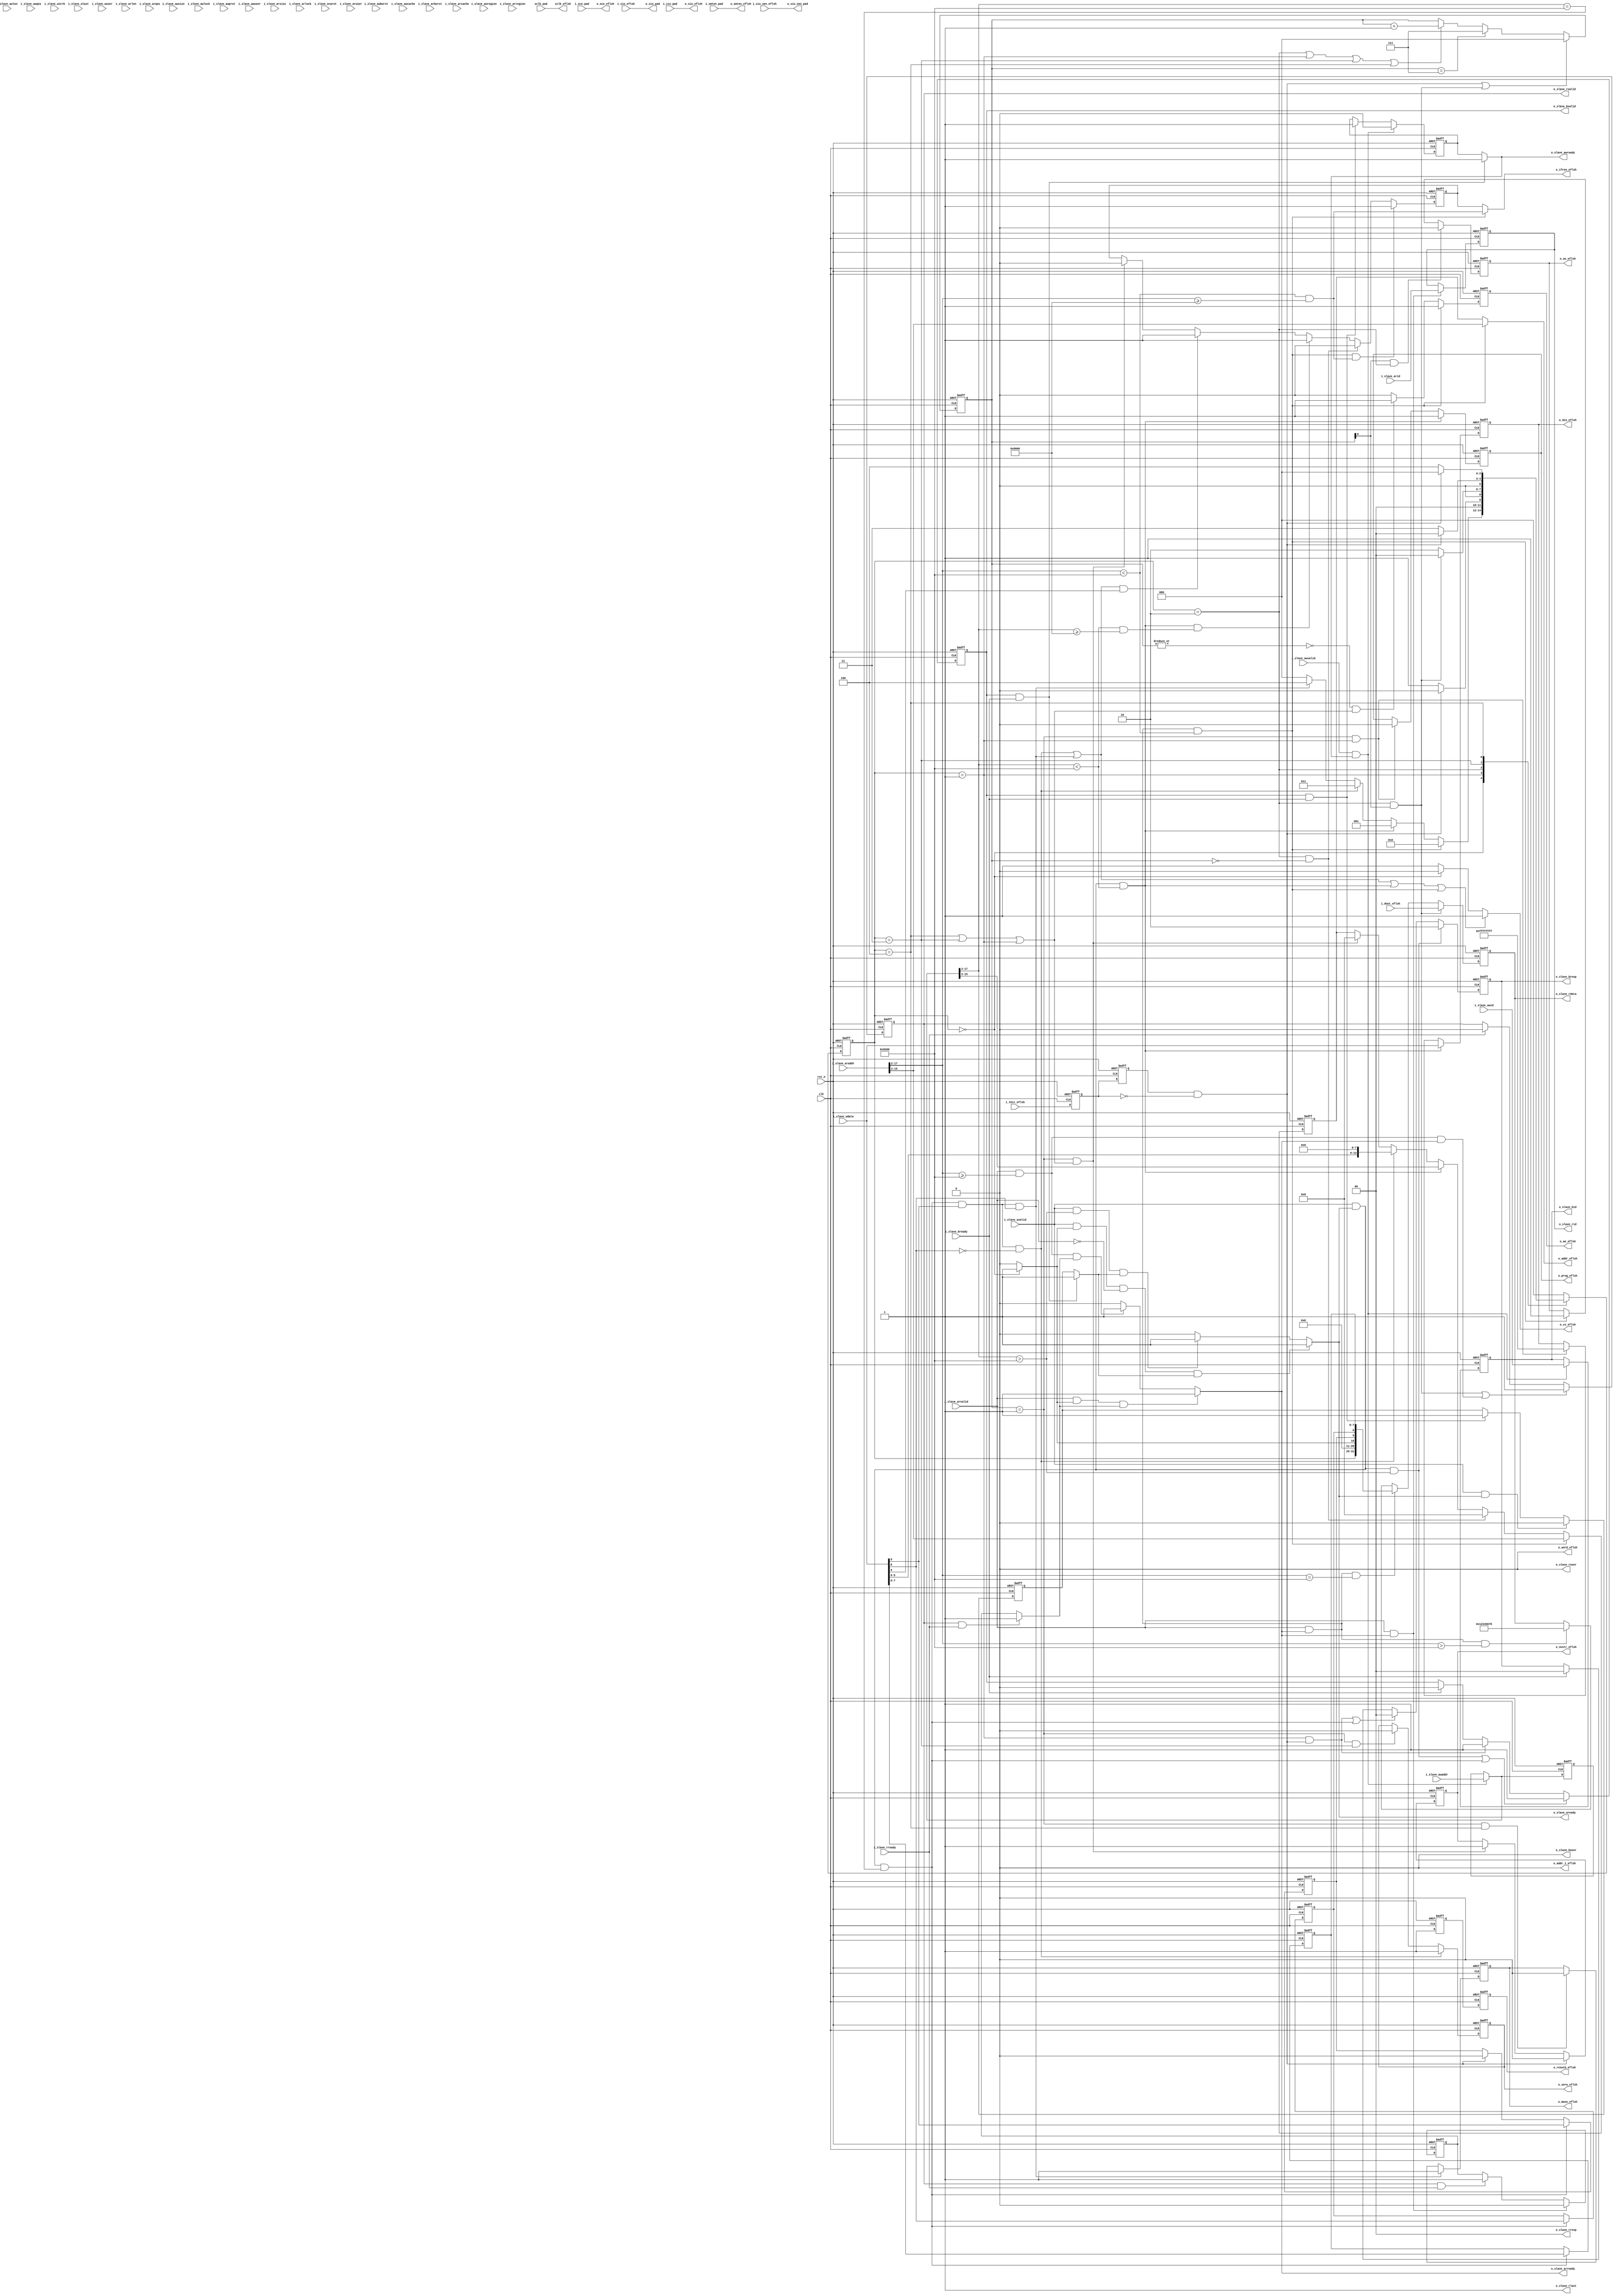
module eflash_ctrl(
   //system signal
   input              clk  ,
   input              rst_n,        
   // ---------------------------------------------------------------
   //AXI write address bus -------------- // USED// --------------
   input  wire [3:0]                                  i_slave_awid      ,   
   input  wire [31:0]                                 i_slave_awaddr    , 
   input  wire [7:0]                                  i_slave_awlen     ,          
   input  wire [2:0]                                  i_slave_awsize    ,         
   input  wire [1:0]                                  i_slave_awburst   ,       
   input  wire                                        i_slave_awlock    ,        
   input  wire [3:0]                                  i_slave_awcache   ,        
   input  wire [2:0]                                  i_slave_awprot    , 
   input  wire [3:0]                                  i_slave_awregion  ,       
   input  wire                                        i_slave_awuser    , 
   input  wire [3:0]                                  i_slave_awqos     ,  
   input  wire                                        i_slave_awvalid   ,        
   output wire                                        o_slave_awready   ,        
   // ---------------------------------------------------------------

   //AXI write data bus -------------- // USED// --------------
   input  wire  [31:0]                                i_slave_wdata     ,
   input  wire  [3:0]                                 i_slave_wstrb     ,   
   input  wire                                        i_slave_wlast     , 
   input  wire                                        i_slave_wuser     ,   
   input  wire                                        i_slave_wvalid    ,  
   output reg                                         o_slave_wready    ,  
   // ---------------------------------------------------------------

   //AXI write response bus -------------- // USED// --------------
   output  reg    [3:0]                               o_slave_bid       ,
   output  reg    [1:0]                               o_slave_bresp     ,
   output  reg                                        o_slave_bvalid    ,
   output  wire                                       o_slave_buser     ,   
   input   wire                                       i_slave_bready    ,
   // ---------------------------------------------------------------



   //AXI read address bus -------------------------------------------
   input  wire [3:0]                                  i_slave_arid      ,
   input  wire [31:0]                                 i_slave_araddr    ,
   input  wire [ 7:0]                                 i_slave_arlen     ,   
   input  wire [ 2:0]                                 i_slave_arsize    ,  
   input  wire [ 1:0]                                 i_slave_arburst   , 
   input  wire                                        i_slave_arlock    ,  
   input  wire [ 3:0]                                 i_slave_arcache   ,
   input  wire [ 2:0]                                 i_slave_arprot    ,
   input  wire [ 3:0]                                 i_slave_arregion  ,       
   input  wire                                        i_slave_aruser    ,  
   input  wire [ 3:0]                                 i_slave_arqos     ,  
   input  wire                                        i_slave_arvalid   , 
   output reg                                         o_slave_arready   , 
   // ---------------------------------------------------------------


   //AXI read data bus ----------------------------------------------
   output reg  [3:0]                                  o_slave_rid       ,
   output reg  [31:0]                                 o_slave_rdata     ,
   output wire [ 1:0]                                 o_slave_rresp     ,
   output wire                                        o_slave_rlast     ,   
   output wire                                        o_slave_ruser     ,   
   output reg                                         o_slave_rvalid    ,  
   input  wire                                        i_slave_rready    ,  

   //eflash model signal
   output  wire [13:0]    o_addr_eflsh         ,
   output  wire           o_addr_1_eflsh       ,
   output  wire           o_word_eflsh         ,
   output  reg [31:0]     o_din_eflsh          ,
   input   [31:0]         i_dout_eflsh         ,
   output  reg            o_resetb_eflsh       ,
   output  reg            o_cs_eflsh           ,
   output  reg            o_ae_eflsh           ,
   output  reg            o_oe_eflsh           ,
   output  wire           o_ifren_eflsh        ,
   output  reg            o_nvstr_eflsh        ,
   output  reg            o_prog_eflsh         ,
   output  reg            o_sera_eflsh         ,
   output  reg            o_mase_eflsh         ,
   input                  i_tbit_eflsh         ,
   //test signal with pad
   input                  i_smten_pad          ,
   input                  i_sce_pad            ,
   input                  sclk_pad             ,
   output  wire           o_sio_oen_pad        , 
   output  wire           o_sio_pad            ,
   input                  i_sio_pad            ,
   //test signal
   output  wire           o_smten_eflsh        ,
   output  wire           o_sce_eflsh          ,
   output  wire           sclk_eflsh           ,
   input                  i_sio_oen_eflsh      , 
   input                  i_sio_eflsh          ,
   output  wire           o_sio_eflsh
   
   );


  //--------------------------------------------------------------------------// 
  // Internal Parameters
  //--------------------------------------------------------------------------//
   localparam STANDBY     = 3'h0;
 
   localparam WRITE       = 3'h1;
 
   localparam READ        = 3'h2;
 
   localparam PAGE_ERASE  = 3'h3;
 
   localparam MACRO_ERASE = 3'h4;

   localparam IN_REG_ADDR = 16'h8200;

   localparam INFOR_ADDR_BEGIN = 16'h8000;

  //--------------------------------------------------------------------------// 
  // Internal wire and reg
  //--------------------------------------------------------------------------//
   wire            read_en_comb;
   reg             read_en;
   wire            write_cmd_en_comb;
   reg             write_cmd_en;
   wire            write_data_en_comb;
   reg             write_data_en;
   wire            read_begin;
   wire            write_begin;
   wire            page_erase_begin;
   wire            macro_erase_begin;
   wire            tbit_end;
   wire            read_end;
   wire            deflt_addr_read;
   wire            deflt_addr_write;
   wire            in_reg_read;
   wire            in_reg_write; 
   wire            wr_data_eflash;
   wire            wr_infor_addr;
   wire            rd_infor_addr;
   reg   [31:0]    slave_awaddr_ff0;
   reg   [31:0]    slave_awaddr_wr;

   reg             tbit_ff0;
   reg             tbit_ff1;

   reg             active_en;
   reg   [7:0]     page_num;
   reg             macro_erase;
   reg             erase_en;
   reg   [2:0]     cur_st;
   reg   [2:0]     next_st;
   reg   [2:0]     in_cnt;
   reg             resetb_eflsh_pre;
   reg   [13:0]    addr_eflsh      ;
   reg             ifren_eflsh     ;
  //--------------------------------------------------------------------------// 
  // Internal block
  //--------------------------------------------------------------------------//
   assign o_ifren_eflsh = read_begin ? rd_infor_addr : ifren_eflsh;

   assign o_addr_eflsh = read_begin ? i_slave_araddr[15:2] : addr_eflsh;

   assign tbit_end = tbit_ff1 & (tbit_ff0 == 1'b0);
  
   assign wr_infor_addr = (slave_awaddr_wr[17:2] < IN_REG_ADDR) & (slave_awaddr_wr[17:2] >= INFOR_ADDR_BEGIN);

   assign rd_infor_addr = (i_slave_araddr[17:2] < IN_REG_ADDR) & (i_slave_araddr[17:2] >= INFOR_ADDR_BEGIN);

   assign o_slave_awready = write_cmd_en_comb;
 
   assign o_slave_rlast = 1'b1;   
  
   assign o_slave_rresp = 2'h0;

   assign o_slave_buser = 1'b0;
  
   assign o_slave_ruser = 1'b0;

   assign wr_data_eflash = i_slave_wvalid & o_slave_wready;
 
   assign deflt_addr_read = i_slave_arvalid & o_slave_arready & (i_slave_araddr[17:2] > IN_REG_ADDR);
  
   assign deflt_addr_write = wr_data_eflash & (slave_awaddr_wr[17:2] > IN_REG_ADDR);
 
   assign in_reg_read = i_slave_arvalid & o_slave_arready & (i_slave_araddr[17:2] == IN_REG_ADDR);
  
   assign in_reg_write = wr_data_eflash & (slave_awaddr_wr[17:2] == IN_REG_ADDR);
  
   assign read_begin =  i_slave_arvalid & o_slave_arready & (i_slave_araddr[17:2] < IN_REG_ADDR);
  
   assign write_begin =  wr_data_eflash & (slave_awaddr_wr[17:2] < IN_REG_ADDR);
  
   assign page_erase_begin = in_reg_write & i_slave_wdata[9] & (i_slave_wdata[8] == 1'b0);
  
   assign macro_erase_begin = in_reg_write & i_slave_wdata[9] & i_slave_wdata[8];
 
   assign read_end = (cur_st == READ) & (in_cnt[0] == 1'b1);

  // assign read_end = (cur_st == READ) & (in_cnt[1:0] == 2'h2);

    //for test block
   assign  o_smten_eflsh = i_smten_pad;
  
   assign  o_sce_eflsh = i_sce_pad;
  
   assign  sclk_eflsh = sclk_pad;
  
   assign  o_sio_oen_pad = i_sio_oen_eflsh;
   
   assign  o_sio_pad = i_sio_eflsh;
   
   assign  o_sio_eflsh = i_sio_pad;
   
   assign  o_word_eflsh = 1'b0;
  
   assign  o_addr_1_eflsh = 1'b0;

   always @(posedge clk or negedge rst_n) begin
       if(rst_n == 1'b0) begin
           write_cmd_en <= 1'b1;     
       end 
       else if(i_slave_awvalid == 1'b1 && o_slave_awready == 1'b1) begin
           write_cmd_en <= 1'b0; 
       end 
       else if(o_slave_bvalid == 1'b1 && i_slave_bready == 1'b1) begin
           write_cmd_en <= 1'b1;           
       end 
   end

   assign write_cmd_en_comb = (o_slave_bvalid & i_slave_bready) ? 1'b1 : write_cmd_en;

   always @(posedge clk or negedge rst_n) begin
       if(rst_n == 1'b0) begin
           write_data_en <= 1'b1;     
       end 
       else if(i_slave_wvalid == 1'b1 && o_slave_wready == 1'b1) begin
           write_data_en <= 1'b0; 
       end 
       else if(o_slave_bvalid == 1'b1 && i_slave_bready == 1'b1) begin
           write_data_en <= 1'b1;           
       end 
   end

   assign write_data_en_comb = (o_slave_bvalid & i_slave_bready) ? 1'b1 : write_data_en;

   //for write
   always @(*) begin
       if(i_slave_wvalid == 1'b1 && active_en == 1'b1 && i_slave_arvalid == 1'b0 && write_data_en_comb == 1'b1) begin
           o_slave_wready = 1'b1;
       end
       else if(i_slave_wvalid == 1'b1 && slave_awaddr_wr[17:2] > IN_REG_ADDR && write_data_en_comb == 1'b1) begin
           o_slave_wready = 1'b1;
       end
       else begin
           o_slave_wready = 1'b0;
       end
   end

   always @(posedge clk or negedge rst_n) begin
       if(rst_n == 1'b0) begin
           o_slave_bvalid <= 1'b0;
       end
       else if(deflt_addr_write == 1'b1 || in_reg_write == 1'b1) begin
           o_slave_bvalid <= 1'b1;
       end
       else if(cur_st == WRITE && tbit_end == 1'b1) begin
           o_slave_bvalid <= 1'b1;
       end
       else if(i_slave_bready == 1'b1) begin
           o_slave_bvalid <= 1'b0;           
       end
   end
   
   always @(posedge clk or negedge rst_n) begin
       if(rst_n == 1'b0) begin
           o_slave_bresp <= 2'h0;
       end
       else if(deflt_addr_write == 1'b1) begin
           o_slave_bresp <= 2'h2;
       end
       else if((cur_st == WRITE && tbit_end == 1'b1) || in_reg_write == 1'b1) begin
           o_slave_bresp <= 2'h0;
       end
       else if(i_slave_bready == 1'b1) begin
           o_slave_bresp <= 2'h0;         
       end
   end

   always @(posedge clk or negedge rst_n) begin
       if(rst_n == 1'b0) begin
           o_slave_bid <= 4'h0;
       end
       else if(i_slave_awvalid == 1'b1 && o_slave_awready == 1'b1) begin
           o_slave_bid <= i_slave_awid;
       end
   end

   always @(posedge clk or negedge rst_n) begin
       if(rst_n == 1'b0) begin
           slave_awaddr_ff0 <= 32'h0;
       end
       else if(i_slave_awvalid == 1'b1 && o_slave_awready == 1'b1) begin
           slave_awaddr_ff0 <= i_slave_awaddr;
       end
   end

   always @(*) begin
       if(i_slave_awvalid == 1'b1 && o_slave_awready == 1'b1) begin
           slave_awaddr_wr = i_slave_awaddr;
       end
       else begin
           slave_awaddr_wr = slave_awaddr_ff0;
       end
   end

   //for axi read
   always @(*) begin
       if(i_slave_arvalid == 1'b1 && active_en == 1'b1 && read_en_comb == 1'b1) begin
           o_slave_arready = 1'b1;
       end
       else if(i_slave_arvalid == 1'b1 && i_slave_araddr[17:2] >= IN_REG_ADDR && read_en_comb == 1'b1) begin
           o_slave_arready = 1'b1;
       end
       else begin
           o_slave_arready = 1'b0;
       end
   end

   always @(posedge clk or negedge rst_n) begin
       if(rst_n == 1'b0) begin
           read_en <= 1'b1;     
       end 
       else if(i_slave_arvalid == 1'b1 && o_slave_arready == 1'b1) begin
           read_en <= 1'b0; 
       end 
       else if(o_slave_rvalid == 1'b1 && i_slave_rready == 1'b1) begin
           read_en <= 1'b1;           
       end 
   end

   assign read_en_comb = (o_slave_rvalid & i_slave_rready) ? 1'b1 : read_en;

   always @(posedge clk or negedge rst_n) begin
       if(rst_n == 1'b0) begin
           o_slave_rid <= 4'h0;
       end
       else if(i_slave_arvalid == 1'b1 && o_slave_arready == 1'b1) begin
           o_slave_rid <= i_slave_arid;
       end
   end

   always @(posedge clk or negedge rst_n) begin
       if(rst_n == 1'b0) begin
           o_slave_rdata <= 32'h0; 
       end
       else if(read_end == 1'b1 ) begin
           o_slave_rdata <= i_dout_eflsh;
       end
       else if(in_reg_read == 1'b1) begin
           o_slave_rdata <= {cur_st,18'h0,active_en,erase_en,macro_erase,page_num};       
       end
       else if(deflt_addr_read == 1'b1) begin
           o_slave_rdata <= 32'h12345678;            
       end
   end

   always @(posedge clk or negedge rst_n) begin
       if(rst_n == 1'b0) begin
           o_slave_rvalid <= 1'b0; 
       end
       else if(read_end == 1'b1 || (i_slave_arvalid == 1'b1 && i_slave_araddr[17:2] >= IN_REG_ADDR && o_slave_arready == 1'b1)) begin
           o_slave_rvalid <= 1'b1;
       end
       else if(i_slave_rready == 1'b1) begin
           o_slave_rvalid <= 1'b0;             
       end
   end   

   always @(posedge clk or negedge rst_n) begin
       if(rst_n == 1'b0) begin
           page_num <= 8'h0;
       end
       else if(in_reg_write == 1'b1) begin
           page_num <= i_slave_wdata[7:0];
       end 
   end
  
   always @(posedge clk or negedge rst_n) begin
       if(rst_n == 1'b0) begin
           macro_erase <= 1'b0;
       end
       else if(in_reg_write == 1'b1) begin
           macro_erase <= i_slave_wdata[8];
       end 
   end

   always @(posedge clk or negedge rst_n) begin
       if(rst_n == 1'b0) begin
           erase_en <= 1'b0;
       end
       else if(in_reg_write == 1'b1) begin
           erase_en <= i_slave_wdata[9];
       end
       else if(tbit_end == 1'b1) begin
           erase_en <= 1'b0;       
       end 
   end

   always @(*)  begin
       if(cur_st == STANDBY) begin
           active_en = 1'b1; 
       end
       else begin
           active_en = 1'b0;
       end
   end  

//tbit
   always @(posedge clk or negedge rst_n) begin
       if(rst_n == 1'b0) begin
           tbit_ff0 <= 1'b0;
       end 
       else begin
           tbit_ff0 <= i_tbit_eflsh;
       end
   end
 
   always @(posedge clk or negedge rst_n) begin
       if(rst_n == 1'b0) begin
           tbit_ff1 <= 1'b0;
       end 
       else begin
           tbit_ff1 <= tbit_ff0;
       end
   end

 // in state
   always @(posedge clk or negedge rst_n) begin
       if(rst_n == 1'b0) begin
           resetb_eflsh_pre <= 1'b0;
       end
       else begin
           resetb_eflsh_pre <= 1'b1;        
       end
   end

   always @(posedge clk or negedge rst_n) begin
       if(rst_n == 1'b0) begin
           o_resetb_eflsh <= 1'b0;
       end
       else begin
           o_resetb_eflsh <= resetb_eflsh_pre;        
       end
   end

   always @(posedge clk or negedge rst_n) begin
       if(rst_n == 1'b0) begin
           cur_st <= STANDBY;
       end
       else begin
           cur_st <= next_st;
       end
   end
   
   //for internal state
   always @(*) begin
       case(cur_st)
            STANDBY : begin
               if(read_begin == 1'b1) begin
                   next_st = READ;
               end
               else if(write_begin == 1'b1) begin
                   next_st = WRITE;
               end
               else if(page_erase_begin == 1'b1) begin
                   next_st = PAGE_ERASE;
               end
               else if(macro_erase_begin == 1'b1) begin
                   next_st = MACRO_ERASE;
               end
               else begin
                   next_st = STANDBY;
               end
            end
            WRITE : begin
               if(tbit_end == 1'b1) begin
                   next_st = STANDBY;
               end
               else begin
                   next_st = WRITE;
               end
            end
            READ : begin
               if(read_end == 1'b1) begin
                   next_st = STANDBY;                    
               end
               else begin
                   next_st = READ;
               end
            end
            PAGE_ERASE : begin
               if(tbit_end == 1'b1) begin
                   next_st = STANDBY;
               end
               else begin
                   next_st = PAGE_ERASE;
               end
            end
            MACRO_ERASE : begin
               if(tbit_end == 1'b1) begin
                   next_st = STANDBY;
               end
               else begin
                   next_st = MACRO_ERASE;
               end
            end
            default : begin
               next_st = STANDBY;
            end
            endcase
   end

   always @(posedge clk or negedge rst_n) begin
       if(rst_n == 1'b0) begin
           in_cnt <= 3'h0; 
       end
       else if(tbit_end == 1'b1 ||  read_end == 1'b1) begin
           in_cnt <= 3'h0; 
       end
       else if(in_cnt == 3'h7) begin
           in_cnt <= 3'h7;
       end
       else if(cur_st == READ || cur_st == WRITE || cur_st == PAGE_ERASE || cur_st == MACRO_ERASE) begin
           in_cnt <= in_cnt + 1;
       end    
   end    

  //for new
    //for AE
//   always @(posedge clk or negedge rst_n) begin
//       if(rst_n == 1'b0) begin
//           o_ae_eflsh <= 1'b0; 
//       end
//       else if(read_begin == 1'b1) begin
//           o_ae_eflsh <= 1'b1;
//       end
//       else if((|in_cnt) == 1'b0 && cur_st == READ) begin
//           o_ae_eflsh <= 1'b0;
//       end        
//       else if((|in_cnt) == 1'b0 && (cur_st == MACRO_ERASE || cur_st == PAGE_ERASE || cur_st == WRITE)) begin
//           o_ae_eflsh <= 1'b1;
//       end
//       else begin
//           o_ae_eflsh <= 1'b0;
//       end
//   end

   always @(posedge clk or negedge rst_n) begin
       if(rst_n == 1'b0) begin
           o_ae_eflsh <= 1'b0; 
       end
       else if(read_begin == 1'b1) begin
           o_ae_eflsh <= 1'b1;
       end
       else if((|in_cnt) == 1'b0 && (cur_st == MACRO_ERASE || cur_st == PAGE_ERASE || cur_st == WRITE)) begin
           o_ae_eflsh <= 1'b1;
       end
       else begin
           o_ae_eflsh <= 1'b0;
       end
   end

  //for CS
   always @(*) begin
       if(page_erase_begin == 1'b1 || macro_erase_begin == 1'b1 || write_begin == 1'b1 || read_begin == 1'b1) begin
           o_cs_eflsh = 1'b1; 
       end
       else if(cur_st == STANDBY)begin
           o_cs_eflsh = 1'b0;           
       end
       else begin
           o_cs_eflsh = 1'b1;           
       end
   end

  //for CS
 //  always @(posedge clk or negedge rst_n) begin
 //      if(rst_n == 1'b0) begin
 //          o_cs_eflsh <= 1'b0; 
 //      end
 //      else if(page_erase_begin == 1'b1 || macro_erase_begin == 1'b1 || write_begin == 1'b1 || read_begin == 1'b1) begin
 //          o_cs_eflsh <= 1'b1; 
 //      end
 //      else if(next_st == STANDBY) begin
 //          o_cs_eflsh <= 1'b0;
 //      end
 //  end

  //for OE     
//   always @(posedge clk or negedge rst_n) begin
//       if(rst_n == 1'b0) begin
//           o_oe_eflsh <= 1'b0; 
//       end
//       else if(read_begin == 1'b1) begin
//           o_oe_eflsh <= 1'b1; 
//       end
//       else if(in_cnt[0] == 1'b1 && cur_st == READ) begin
//           o_oe_eflsh <= 1'b0;
//       end
//   end

   always @(posedge clk or negedge rst_n) begin
       if(rst_n == 1'b0) begin
           o_oe_eflsh <= 1'b0; 
       end
       else if(in_cnt[0] == 1'b1 && cur_st == READ) begin
           o_oe_eflsh <= 1'b0; 
       end
       else if(read_begin == 1'b1) begin
           o_oe_eflsh <= 1'b1;
       end
   end

   //for PROG
   always @(posedge clk or negedge rst_n) begin
       if(rst_n == 1'b0) begin
           o_prog_eflsh <= 1'b0; 
       end
       else if(write_begin == 1'b1) begin
           o_prog_eflsh <= 1'b1; 
       end
       else if(in_cnt == 3'h1 && cur_st == WRITE) begin
           o_prog_eflsh <= 1'b0;
       end
   end

   //for SERA 
   always @(posedge clk or negedge rst_n) begin
       if(rst_n == 1'b0) begin
           o_sera_eflsh <= 1'b0; 
       end
       else if(page_erase_begin == 1'b1) begin
           o_sera_eflsh <= 1'b1; 
       end
       else if(in_cnt == 3'h1 && cur_st == PAGE_ERASE) begin
           o_sera_eflsh <= 1'b0;
       end
   end

   //for MASE
   always @(posedge clk or negedge rst_n) begin
       if(rst_n == 1'b0) begin
           o_mase_eflsh <= 1'b0; 
       end
       else if(macro_erase_begin == 1'b1) begin
           o_mase_eflsh <= 1'b1; 
       end
       else if(in_cnt == 3'h1 && cur_st == MACRO_ERASE) begin
           o_mase_eflsh <= 1'b0;
       end
   end

   //for NVSTR 
   always @(posedge clk or negedge rst_n) begin
       if(rst_n == 1'b0) begin
           o_nvstr_eflsh <= 1'b0; 
       end
       else if(tbit_end == 1'b1) begin
           o_nvstr_eflsh <= 1'b0; 
       end
       else if(in_cnt == 3'h1 && (cur_st == MACRO_ERASE || cur_st == PAGE_ERASE || cur_st == WRITE)) begin
           o_nvstr_eflsh <= 1'b1;
       end
   end

   //for din
   always @(posedge clk or negedge rst_n) begin
       if(rst_n == 1'b0) begin
           o_din_eflsh <= 32'hffffffff;
       end
       else if(write_begin == 1'b1) begin
           o_din_eflsh <= i_slave_wdata;
       end
       else if(cur_st == WRITE && in_cnt == 3'h1) begin
           o_din_eflsh <= 32'hffffffff;
       end
   end

   //for IFREN 
 //  always @(posedge clk or negedge rst_n) begin
 //      if(rst_n == 1'b0) begin
 //          o_ifren_eflsh <= 1'b0;
 //      end
 //      else if(write_begin == 1'b1 && wr_infor_addr == 1'b1) begin
 //          o_ifren_eflsh <= 1'b1;
 //      end
 //      else if(read_begin == 1'b1 && rd_infor_addr == 1'b1) begin
 //          o_ifren_eflsh <= 1'b1;
 //      end
 //      else if((page_erase_begin == 1'b1 || macro_erase_begin == 1'b1) && i_slave_wdata[6] == 1'b1) begin
 //          o_ifren_eflsh <= 1'b1;
 //      end
 //      else if(cur_st == READ && in_cnt == 19'h0) begin
 //          o_ifren_eflsh <= 1'b0;
 //      end
 //      else if((cur_st == MACRO_ERASE || cur_st == PAGE_ERASE || cur_st == WRITE) && in_cnt == 19'h1) begin
 //          o_ifren_eflsh <= 1'b0;
 //      end
 //  end

   always @(posedge clk or negedge rst_n) begin
       if(rst_n == 1'b0) begin
           ifren_eflsh <= 1'b0;
       end
       else if(read_begin == 1'b1 && rd_infor_addr == 1'b1) begin
           ifren_eflsh <= 1'b1;
       end
       else if((cur_st == READ) && in_cnt == 1'b0) begin
           ifren_eflsh <= 1'b0;
       end
       else if(write_begin == 1'b1 && wr_infor_addr == 1'b1) begin
           ifren_eflsh <= 1'b1;
       end        
       else if((page_erase_begin == 1'b1 || macro_erase_begin == 1'b1) && i_slave_wdata[6] == 1'b1) begin
           ifren_eflsh <= 1'b1;
       end
       else if((cur_st == MACRO_ERASE || cur_st == PAGE_ERASE || cur_st == WRITE) && in_cnt == 3'h1) begin
           ifren_eflsh <= 1'b0;
       end
   end

   //for eflash addr 
 //  always @(posedge clk or negedge rst_n) begin
 //      if(rst_n == 1'b0) begin
 //          o_addr_eflsh <= 14'h0;
 //      end
 //      else if(read_begin == 1'b1) begin
 //          o_addr_eflsh <= i_slave_araddr[15:2];
 //      end
 //      else if(write_begin == 1'b1) begin
 //          o_addr_eflsh <= slave_awaddr_wr[15:2];
 //      end

 //      else if(page_erase_begin == 1'b1) begin
 //          o_addr_eflsh <= {i_slave_wdata[5:0],8'h0};         
 //      end
 //      else if(cur_st == READ && in_cnt == 19'h0) begin
 //          o_addr_eflsh <= 14'h0;
 //      end
 //      else if((cur_st == MACRO_ERASE || cur_st == PAGE_ERASE || cur_st == WRITE) && in_cnt == 19'h1) begin
 //          o_addr_eflsh <= 14'h0;
 //      end
 //  end

   always @(posedge clk or negedge rst_n) begin
       if(rst_n == 1'b0) begin
           addr_eflsh <= 14'h0;
       end
       else if(read_begin == 1'b1) begin
           addr_eflsh <= i_slave_araddr[15:2];
       end
       else if(cur_st == READ && in_cnt == 1'b0) begin
           addr_eflsh <= 14'h0;
       end        
       else if(write_begin == 1'b1) begin
           addr_eflsh <= slave_awaddr_wr[15:2];
       end

       else if(page_erase_begin == 1'b1) begin
           addr_eflsh <= {i_slave_wdata[5:0],8'h0};         
       end
       else if((cur_st == MACRO_ERASE || cur_st == PAGE_ERASE || cur_st == WRITE) && in_cnt == 3'h1) begin
           addr_eflsh <= 14'h0;
       end
   end

endmodule